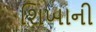
શિખાની